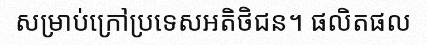
សម្រាប់ក្រៅប្រទេសអតិថិជន។ ផលិតផល